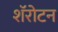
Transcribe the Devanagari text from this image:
शॅरोटन